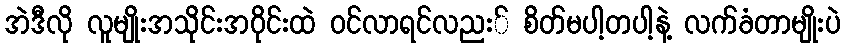
အဲဒီလို လူမျိုးအသိုင်းအဝိုင်းထဲ ဝင်လာရင်လညး် စိတ်မပါ့တပါ့နဲ့ လက်ခံတာမျိုးပဲ